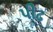
પીઢ